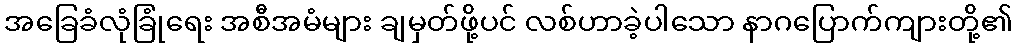
အခြေခံလုံခြုံရေး အစီအမံများ ချမှတ်ဖို့ပင် လစ်ဟာခဲ့ပါသော နာဂပြောက်ကျားတို့၏